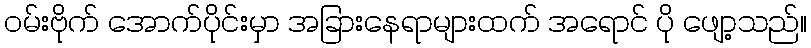
ဝမ်းဗိုက် အောက်ပိုင်းမှာ အခြားနေရာများထက် အရောင် ပို ဖျော့သည်။